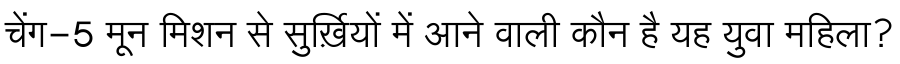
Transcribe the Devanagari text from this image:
चेंग-5 मून मिशन से सुर्ख़ियों में आने वाली कौन है यह युवा महिला?